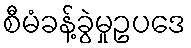
စီမံခန့်ခွဲမှုဥပဒေ